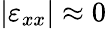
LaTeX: |\varepsilon_{xx}|\approx 0